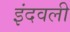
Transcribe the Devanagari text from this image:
इंदवली